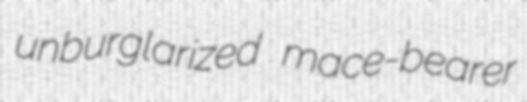
unburglarized mace-bearer